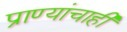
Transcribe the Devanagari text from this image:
प्राण्यांचाही